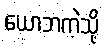
ယောဘကဲ့သို့